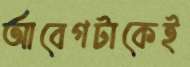
আবেগটাকেই